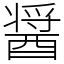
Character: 醤